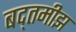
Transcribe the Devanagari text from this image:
बद्तमीझ